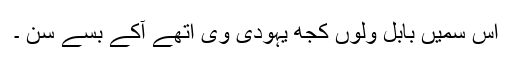
اس سمیں بابل ولوں کجھ یہودی وی اتھے آکے بسے سن ۔